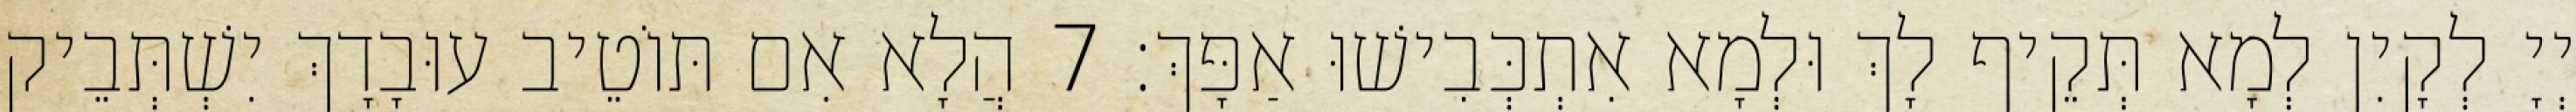
יְיָ לְקָיִן לְמָא תְּקֵיף לָךְ וּלְמָא אִתְכְּבִישׁוּ אַפָּךְ׃ 7 הֲלָא אִם תּוֹטֵיב עוּבָדָךְ יִשְׁתְּבֵיק